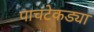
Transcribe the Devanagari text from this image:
पाचटेकड्या